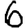
Digit: 6